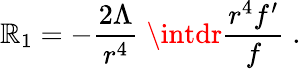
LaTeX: \mathbb{R}_{1}=-\frac{{2\Lambda}}{{r^{4}}}\; \intdr\frac{{r^{4}f^{\prime}}}{{f}}\; .